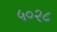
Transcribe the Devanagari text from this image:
५०२८